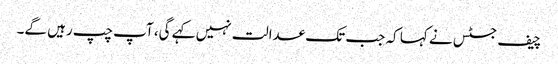
چیف جسٹس نے کہا کہ جب تک عدالت نہیں کہے گی، آپ چپ رہیں گے۔